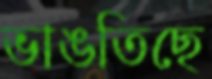
ভাঙতিছে